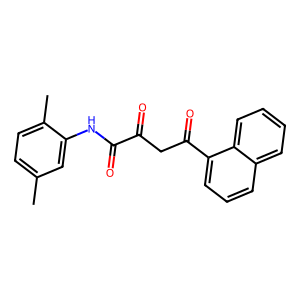
SMILES: Cc1ccc(C)c(NC(=O)C(=O)CC(=O)c2cccc3ccccc23)c1
Inhibits HIV replication: No